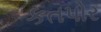
કતપોર